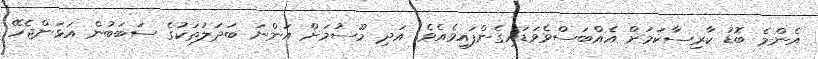
އެންމެ ބޮޑު ކާރިސާކަމަށް އެއްބަސްވެވަޑައިގެންފައިވެއެވެ. އަދި މޫސުމަށް އަންނަ ބަދަލުތަކުގެ ސަބަބުން އަޅަންޖެހޭ